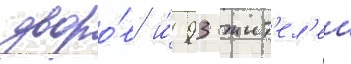
дворо́в и́ 93 жит'ел'еи